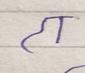
Signature authenticity: forged